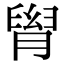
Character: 𦞩